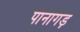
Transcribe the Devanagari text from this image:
पानागड़